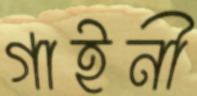
গাইনী